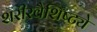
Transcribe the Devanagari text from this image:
शरीरवैशिष्ट्ये